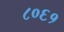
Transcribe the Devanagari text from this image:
८०६१